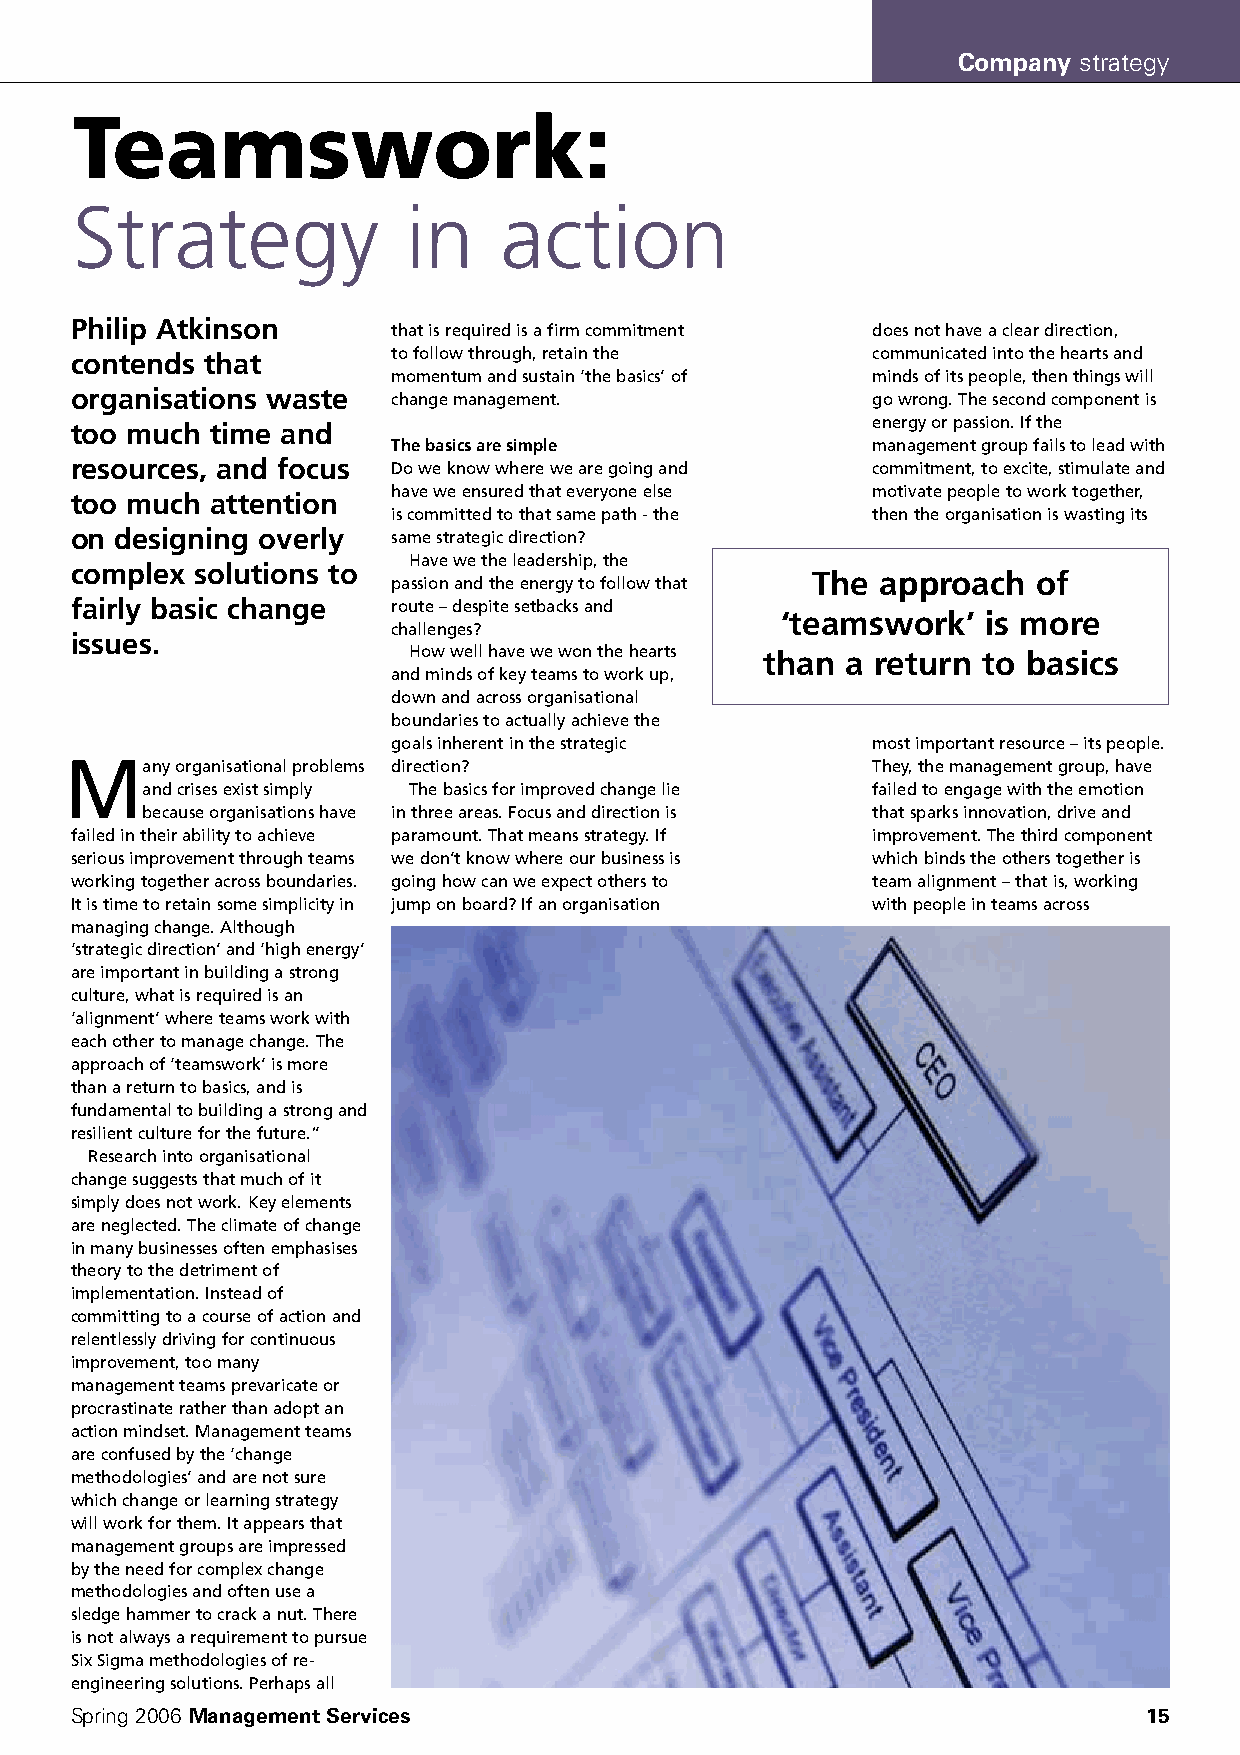
Company strategy
 Teamswork:
 Strategy              in    action
 Philip Atkinson
 that is required is a firm commitment does not have a clear direction,
 contends that        to follow through, retain the   communicated into the hearts and
 momentum and sustain ‘the basics’ of minds of its people, then things will
 organisations waste
 change management.              go wrong. The second component is
 too much time and                                    energy or passion. If the
 The basics are simple           management group fails to lead with
 resources, and focus Do we know where we are going and commitment, to excite, stimulate and
 have we ensured that everyone else motivate people to work together,
 too much attention
 is committed to that same path - the then the organisation is wasting its
 on designing overly  same strategic direction?
 Have we the leadership, the
 complex solutions to
 The approach   of
 passion and the energy to follow that
 fairly basic change  route – despite setbacks and
 ‘teamswork’  is more
 challenges?
 issues.
 How well have we won the hearts than a return to basics
 and minds of key teams to work up,
 down and across organisational
 boundaries to actually achieve the
 goals inherent in the strategic most important resource – its people.
 Many    organisational problems direction?            They, the management group, have
 and crises exist simply The basics for improved change lie failed to engage with the emotion
 because organisations have in three areas. Focus and direction is that sparks innovation, drive and
 failed in their ability to achieve paramount. That means strategy. If improvement. The third component
 serious improvement through teams we don’t know where our business is which binds the others together is
 working together across boundaries. going how can we expect others to team alignment – that is, working
 It is time to retain some simplicity in jump on board? If an organisation with people in teams across
 managing change. Although
 ‘strategic direction’ and ‘high energy’
 are important in building a strong
 culture, what is required is an
 ‘alignment’ where teams work with
 each other to manage change. The
 approach of ‘teamswork’ is more
 than a return to basics, and is
 fundamental to building a strong and
 resilient culture for the future.”
 Research into organisational
 change suggests that much of it
 simply does not work. Key elements
 are neglected. The climate of change
 in many businesses often emphasises
 theory to the detriment of
 implementation. Instead of
 committing to a course of action and
 relentlessly driving for continuous
 improvement, too many
 management teams prevaricate or
 procrastinate rather than adopt an
 action mindset. Management teams
 are confused by the ‘change
 methodologies’ and are not sure
 which change or learning strategy
 will work for them. It appears that
 management groups are impressed
 by the need for complex change
 methodologies and often use a
 sledge hammer to crack a nut. There
 is not always a requirement to pursue
 Six Sigma methodologies of re-
 engineering solutions. Perhaps all
 Spring 2006 Management Services                                        15